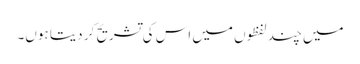
میں چند لفظوں میں اس کی تشریح کر دیتا ہوں۔